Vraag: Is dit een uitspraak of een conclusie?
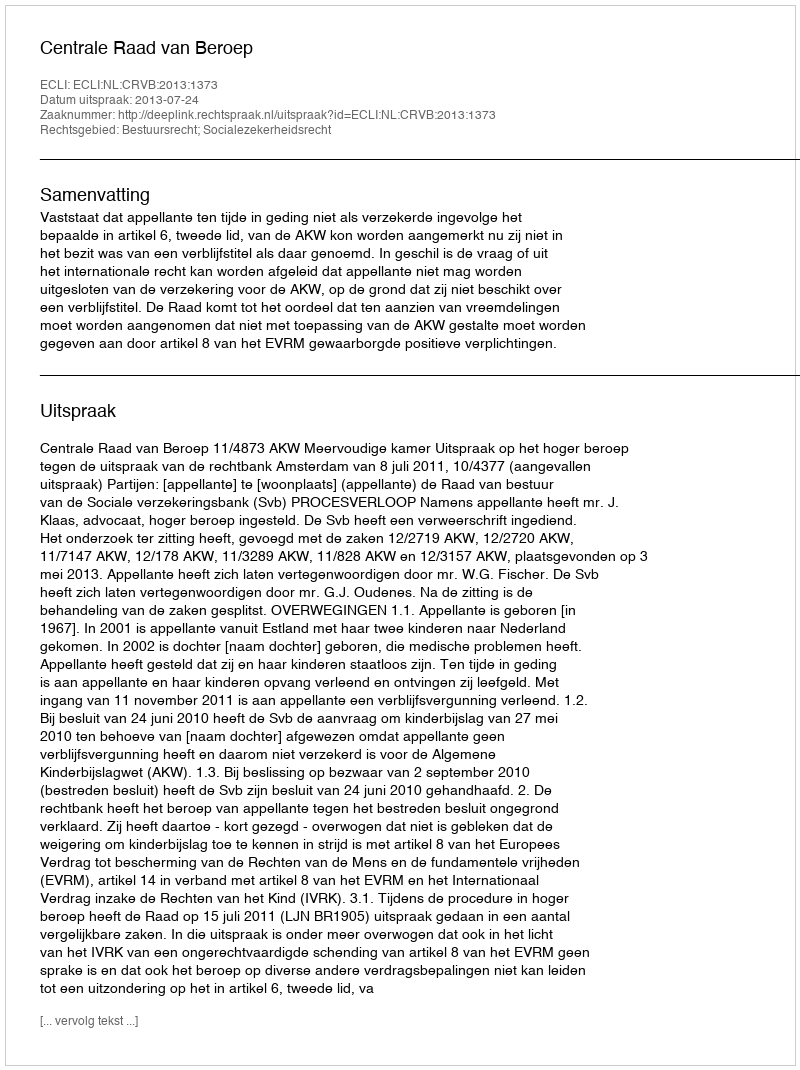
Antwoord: Uitspraak